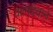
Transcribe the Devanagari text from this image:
कामदेवाने